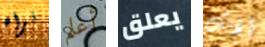
نراه أعلم يعلق إذنك